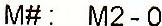
M#: M2-0